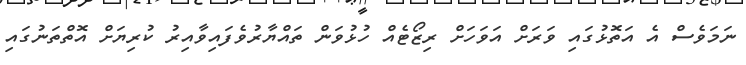
ނަމަވެސް އެ އަތޮޅުގައި ވަރަށް އަވަހަށް ރިޒޯޓެއް ހުޅުވަން ތައްޔާރުވެފައިވާއިރު ކުރިޔަށް އޮތްތަނުގައި